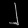
Digit: ၂